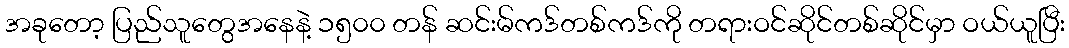
အခုတော့ ပြည်သူတွေအနေနဲ့ ၁၅၀၀ တန် ဆင်းမ်ကဒ်တစ်ကဒ်ကို တရားဝင်ဆိုင်တစ်ဆိုင်မှာ ဝယ်ယူပြီး